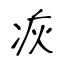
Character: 疢